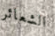
الشعائر